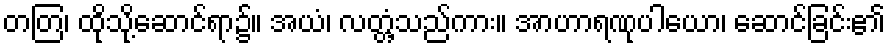
တတြ၊ ထိုသို့ဆောင်ရာ၌။ အယံ၊ လတ္တံ့သည်ကား။ အာဟာရဏုပါယော၊ ဆောင်ခြင်း၏